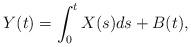
LaTeX: \begin{align*} Y(t)=\int_0^t X(s)ds + B(t),\end{align*}